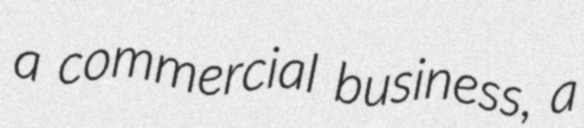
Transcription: a commercial business, a